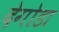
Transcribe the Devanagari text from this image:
देगोडा